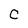
Character: C